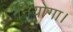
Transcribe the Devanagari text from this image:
नियोगा।